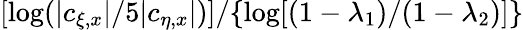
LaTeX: [\log(|c_{\xi,x}|/5|c_{\eta,x}|)]/\{ \log[(1-\lambda_{1})/(1-\lambda_{2})]\}